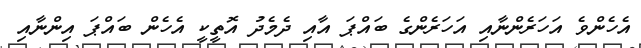
އެހެންވެ އަހަރެންނާއި އަހަރެންގެ ބައްޕަ އާއި ދެމެދު އޮތީކީ އެހެން ބައްޕަ އިންނާއި